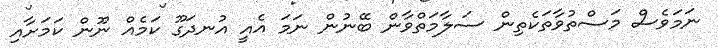
ނަމަވެސް މަސްތުވާތަކެތިން ސަލާމަތްވާން ބޭނުން ނަމަ އެއީ އުނދަގޫ ކަމެއް ނޫން ކަމަށާއި